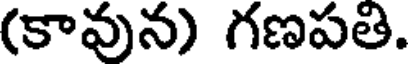
(కావున) గణపతి.